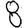
Digit: 8